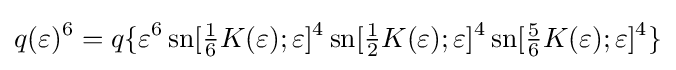
q(\varepsilon )^{6}=q\{\varepsilon ^{6}\operatorname {sn} [{\tfrac {1}{6}}K(\varepsilon );\varepsilon ]^{4}\operatorname {sn} [{\tfrac {1}{2}}K(\varepsilon );\varepsilon ]^{4}\operatorname {sn} [{\tfrac {5}{6}}K(\varepsilon );\varepsilon ]^{4}\}